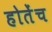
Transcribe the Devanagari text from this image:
होतेंच